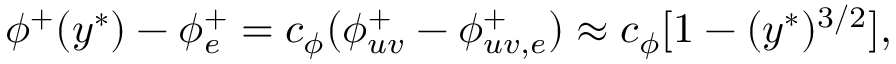
\phi ^ { + } ( y ^ { \ast } ) - \phi _ { e } ^ { + } = c _ { \phi } ( \phi _ { u v } ^ { + } - \phi _ { u v , e } ^ { + } ) \approx c _ { \phi } [ 1 - ( y ^ { \ast } ) ^ { 3 / 2 } ] ,